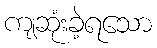
ကျဆုံးခဲ့ရသော